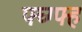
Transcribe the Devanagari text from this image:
फ्घ्ग्फ्ह